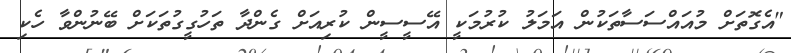
"އެގޮތަށް މުއައްސަސާތަކުން އަމަލު ކުރުމަކީ އޭސީސީން ކުރިއަށް ގެންދާ ތަހުގީގުތަކަށް ބޭނުންވާ ހެކި